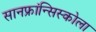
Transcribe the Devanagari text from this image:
सानफ्रांन्सिस्कोला